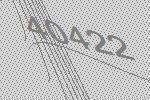
40422